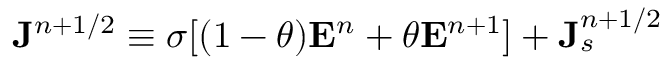
{ \bf J } ^ { n + 1 / 2 } \equiv \sigma [ ( 1 - \theta ) { \bf E } ^ { n } + \theta { \bf E } ^ { n + 1 } ] + { \bf J } _ { s } ^ { n + 1 / 2 }